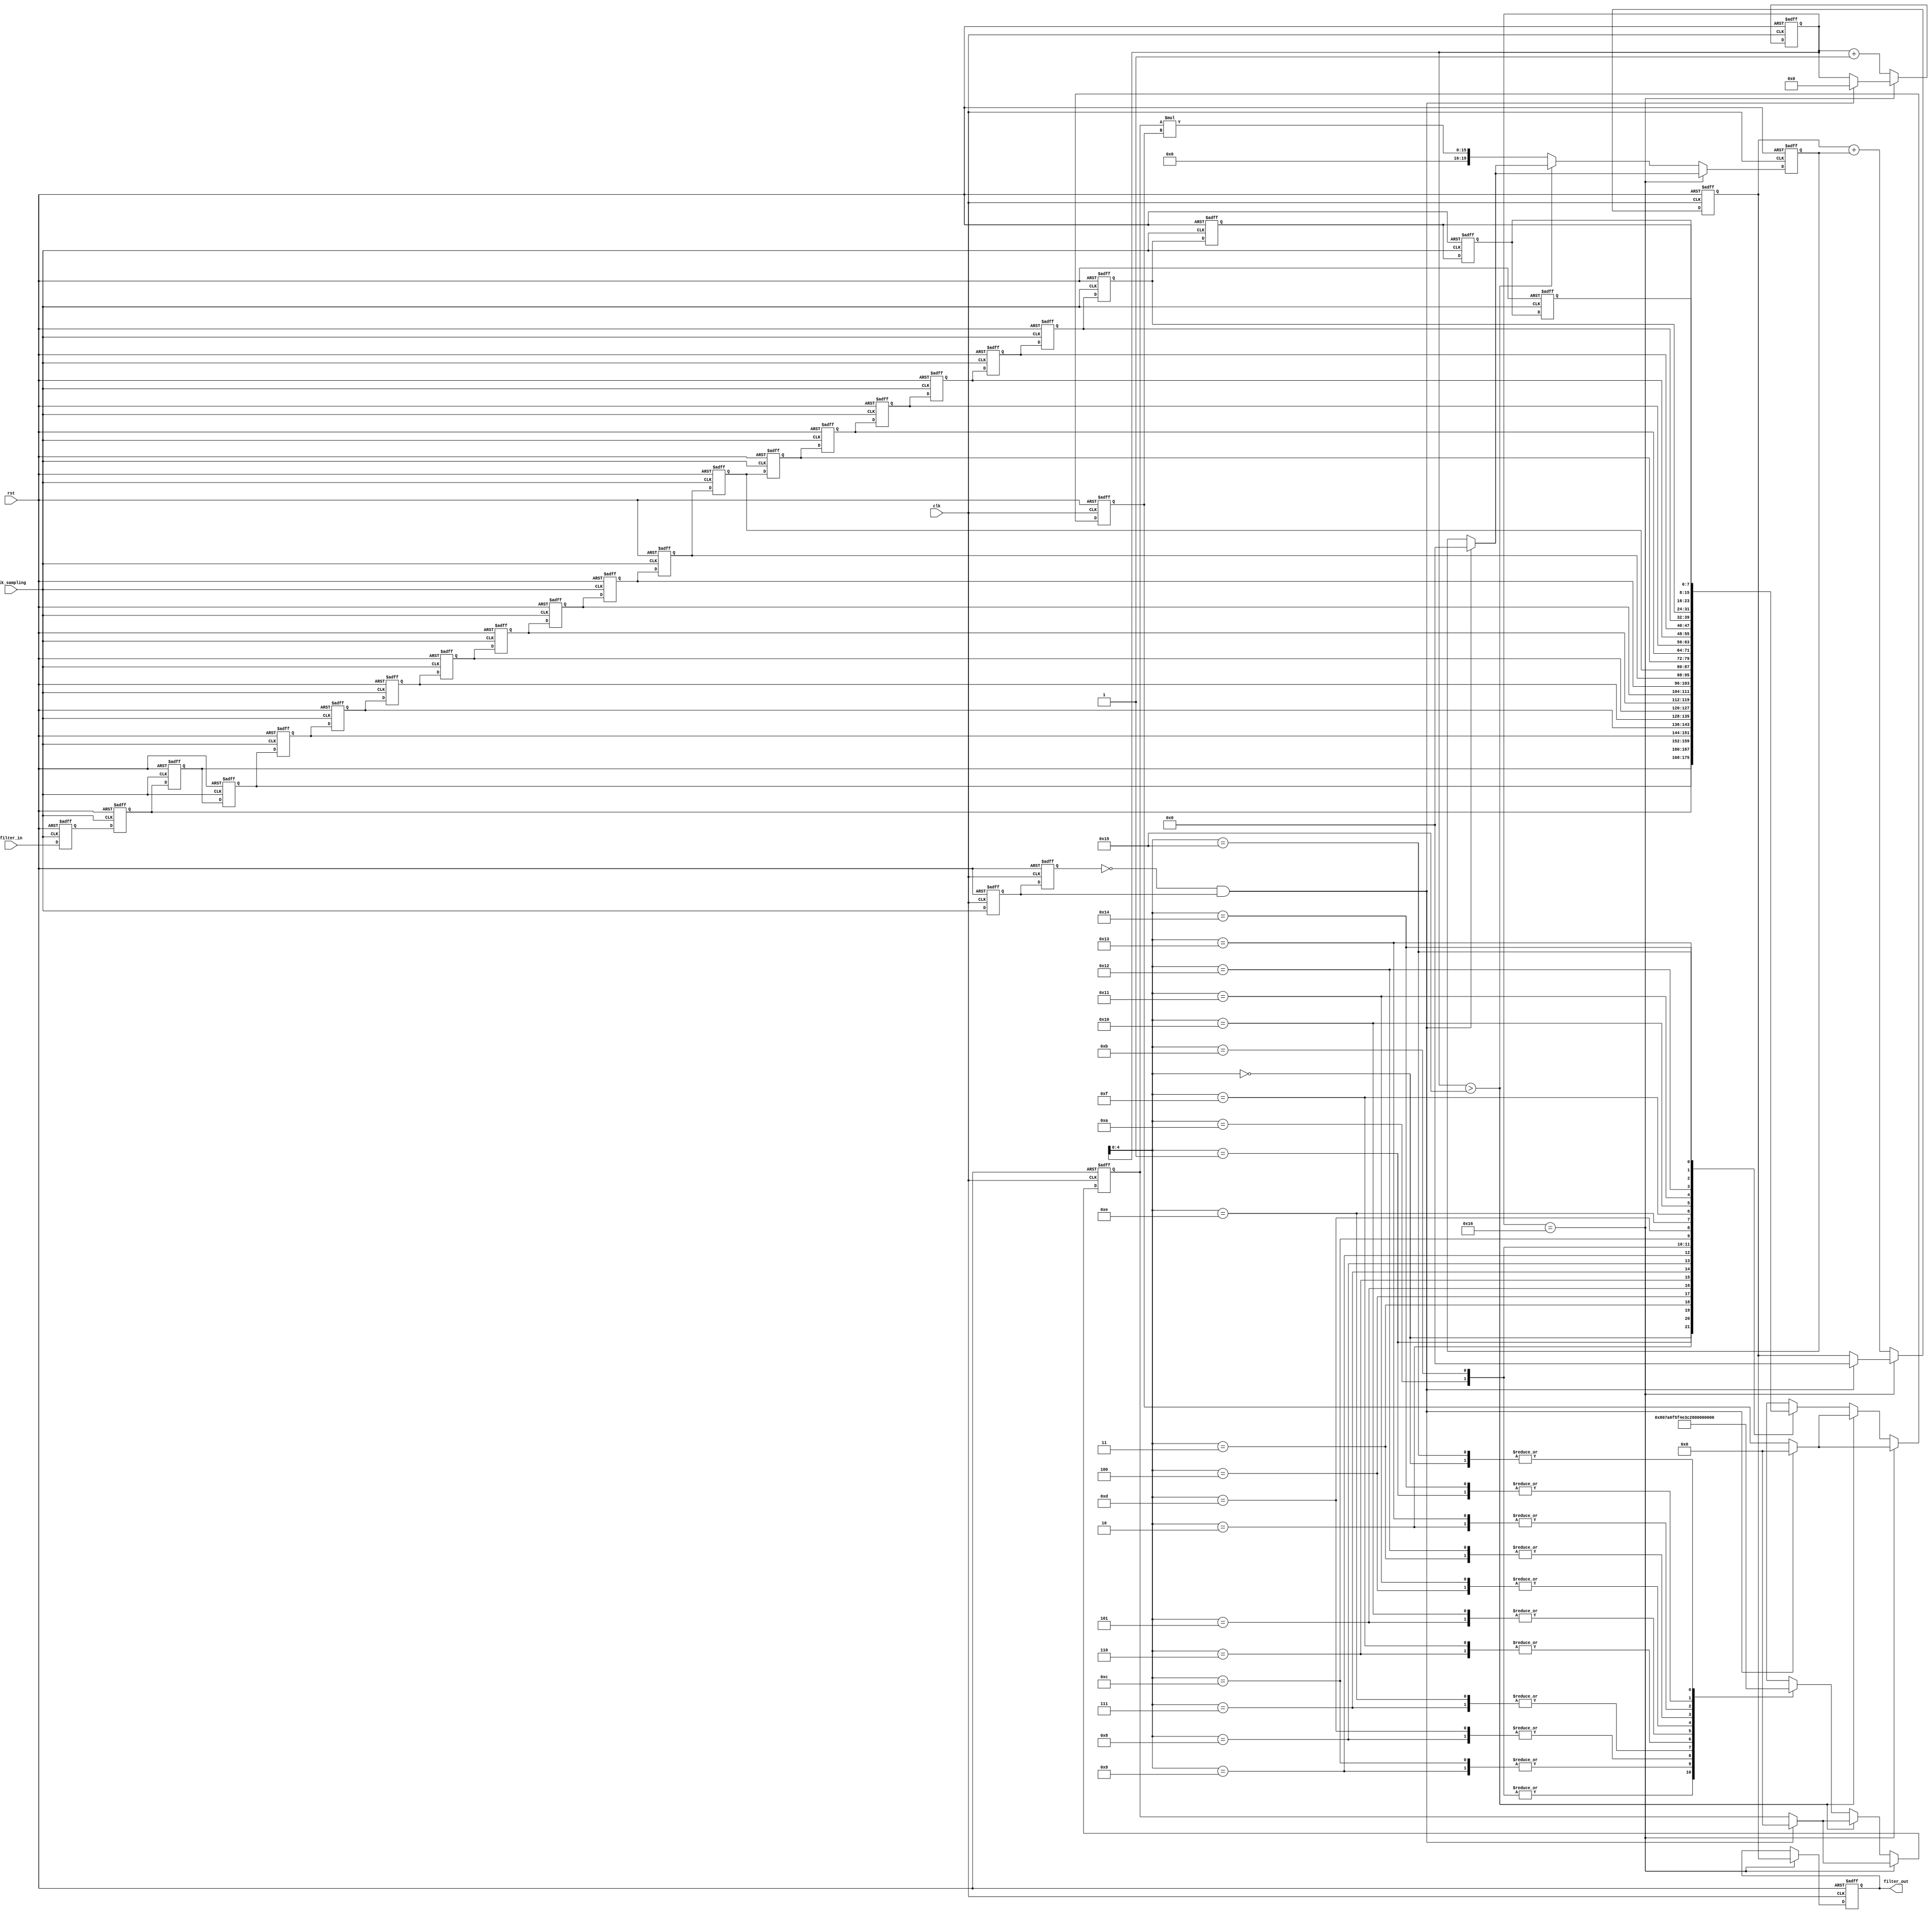

module FIR_filter(clk_sampling, clk, rst, filter_in, filter_out);

	input clk_sampling, clk, rst;
   	input wire signed [7:0] filter_in;
   	output reg signed [19:0] filter_out;

	parameter word_width = 8;
    parameter order = 21;
    parameter out_width = 20;
    parameter order_half = 10;

    reg [word_width-1:0] L_coef;                     //register to save the current used coefficient 
    reg [word_width-1:0] L_tap;                      //register to save the current used tap
    reg [out_width- 1:0] L_product;                  //register to save the current product
    reg [5:0] tap_counter;                           //counter to indentify the current used index for tap and coefficient
    reg clk_sampling_previous, clk_sampling_current;

    reg signed [word_width-1:0] delay_tap[order:0];

    //define coef
    wire signed [word_width-1:0] coef[order:0];
    assign coef[0] = 2;
    assign coef[1] = 10;   
    assign coef[2] = 16;
    assign coef[3] = 28; 
    assign coef[4] = 43;
    assign coef[5] = 60; 
    assign coef[6] = 78;  
    assign coef[7] = 95;
    assign coef[8] = 111; 
    assign coef[9] = 122;
    assign coef[10] = 128;  
    assign coef[11] = 128;
    assign coef[12] = 122;   
    assign coef[13] = 111;
    assign coef[14] = 95; 
    assign coef[15] = 78;
    assign coef[16] = 60; 
    assign coef[17] = 43;  
    assign coef[18] = 28;
    assign coef[19] = 16; 
    assign coef[20] = 10;
    assign coef[21] = 2;  

    //define multiplier 
    reg signed [out_width-1:0] product[order_half:0];

    //define sum_buf
    reg signed [out_width-1:0] sum_buf;

    //defined input data buffer
    reg signed [word_width-1:0] data_in_buf;

    //get new data and save in data_in_buf
    always @(posedge clk_sampling or negedge rst) begin
		if (!rst) begin
	 		data_in_buf <= 0;
		end
		else begin
	 		data_in_buf <= filter_in;
		end
    end
    
    //update delay_tap
    always @(posedge clk_sampling or negedge rst) begin 
     	if(!rst) begin 
      		delay_tap[0] <= 0;
      		delay_tap[1] <= 0;
      		delay_tap[2] <= 0;
      		delay_tap[3] <= 0;
      		delay_tap[4] <= 0;
      		delay_tap[5] <= 0;
      		delay_tap[6] <= 0;
      		delay_tap[7] <= 0;
      		delay_tap[8] <= 0;
      		delay_tap[9] <= 0;
      		delay_tap[10] <= 0;
      		delay_tap[11] <= 0;
      		delay_tap[12] <= 0;
      		delay_tap[13] <= 0;
      		delay_tap[14] <= 0;
      		delay_tap[15] <= 0;
      		delay_tap[16] <= 0;
      		delay_tap[17] <= 0;
     	 	delay_tap[18] <= 0;
      		delay_tap[19] <= 0;
      		delay_tap[20] <= 0;
      		delay_tap[21] <= 0;
     	end 
     	else begin 
      		delay_tap[0] <= data_in_buf;
      		delay_tap[1] <= delay_tap[0];
      		delay_tap[2] <= delay_tap[1];
     	 	delay_tap[3] <= delay_tap[2];
      		delay_tap[4] <= delay_tap[3];
      		delay_tap[5] <= delay_tap[4];
      		delay_tap[6] <= delay_tap[5];
      		delay_tap[7] <= delay_tap[6];
     	 	delay_tap[8] <= delay_tap[7];
      		delay_tap[9] <= delay_tap[8];
      		delay_tap[10] <= delay_tap[9];
      		delay_tap[11] <= delay_tap[10];
      		delay_tap[12] <= delay_tap[11];
      		delay_tap[13] <= delay_tap[12];
      		delay_tap[14] <= delay_tap[13];
      		delay_tap[15] <= delay_tap[14];
      		delay_tap[16] <= delay_tap[15];
     	 	delay_tap[17] <= delay_tap[16];
      		delay_tap[18] <= delay_tap[17];
      		delay_tap[19] <= delay_tap[18];
      		delay_tap[20] <= delay_tap[19];
      		delay_tap[21] <= delay_tap[20];
     	end 
	end  

    /* 
     *  This always block will run every time new data arrive with much faster clock frequency. 
     *  By using registers to save the current used coefficient, tap and calculating product 
     *  multiplier and adder are reused to reduce used hardward and make the critical path shorter. 
     *  When the posedge of clock sigle is detected, next coefficient and delay tap are loaded to
     *  resgister L_coef and L_tap. The calculated result is then saved in register L_product. 
     */
    always @(posedge clk or negedge rst) begin
     	if (!rst) begin
      		tap_counter <= 0;
      		clk_sampling_previous <= 0;
      		clk_sampling_current <= 0;
      		filter_out <= 0;
      		sum_buf <= 0;
      		L_product <= 0;
      		L_tap <= 0;
      		L_coef <= 0; 	 
     	end
     	else begin
       		clk_sampling_previous <= clk_sampling_current;
       		clk_sampling_current <= clk_sampling;
       		if(clk_sampling_previous == 0 && clk_sampling_current == 1) begin
				tap_counter <= 0;
        		sum_buf <= 0;
       		 	L_product <= 0;
       		 	L_tap <= 0;
       		 	L_coef <= 0; 
    	   	end
   	    	if(tap_counter == order + 1)
   		     	filter_out <= sum_buf;
     	  	else begin
    	   		if(tap_counter > 21) begin
     			   	sum_buf <= sum_buf + L_product;
     			   	tap_counter <= tap_counter + 1;
    	  	 	end
       			else begin 
        			L_tap <= delay_tap[tap_counter];
       		 		L_coef <= coef[tap_counter];
       				L_product <= L_coef * L_tap;
        			sum_buf <= sum_buf + L_product;
        			tap_counter <= tap_counter + 1;
       			end
			end
		end
	end
endmodule